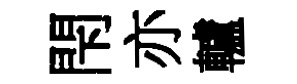
閇亦轤